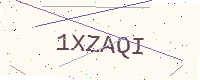
Text: 1XZAQI